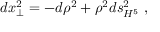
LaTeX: d x _ { \perp } ^ { 2 } = - d \rho ^ { 2 } + \rho ^ { 2 } d s _ { H ^ { 5 } } ^ { 2 } \; ,